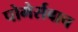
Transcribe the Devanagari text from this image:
पोमेर्सबाच